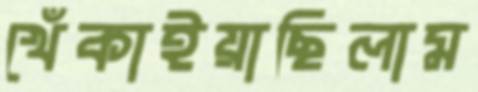
খেঁকাইয়াছিলাম